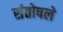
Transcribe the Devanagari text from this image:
संतोषले